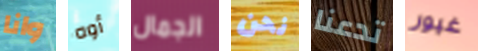
وانا أوه الجمال نحن تدعنا غيور